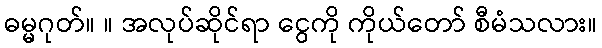
ဓမ္မဂုတ်။ ။ အလုပ်ဆိုင်ရာ ငွေကို ကိုယ်တော် စီမံသလား။